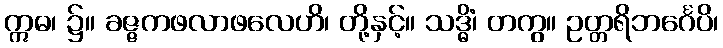
ဣဓ၊ ၌။ ခဇ္ဇကဖလာဖလေဟိ၊ တို့နှင့်။ သဒ္ဓိံ၊ တကွ။ ဥတ္တရိဘင်္ဂေပိ၊